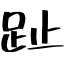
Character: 趾